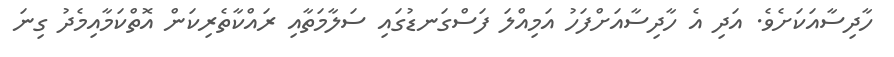
ހާދިސާއަކަށެވެ. އަދި އެ ހާދިސާއަށްފަހު އަމިއްލަ ފަސްގަނޑުގައި ސަލާމަތާއި ރައްކާތެރިކަން އޮތްކަމާއިމެދު ގިނަ